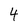
Character: 4